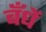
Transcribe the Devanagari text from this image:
बँधें